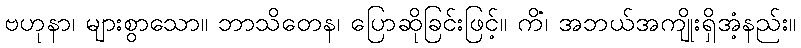
ဗဟုနာ၊ များစွာသော။ ဘာသိတေန၊ ပြောဆိုခြင်းဖြင့်။ ကိံ၊ အဘယ်အကျိုးရှိအံ့နည်း။